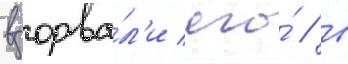
взорва́л'и его́ / в